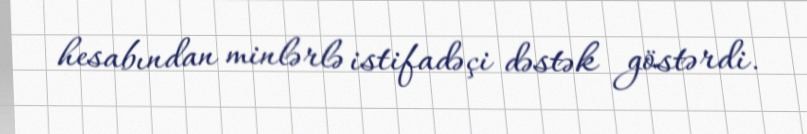
hesabından minlərlə istifadəçi dəstək göstərdi.